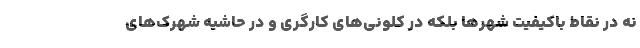
نه در نقاط باکیفیت شهرها بلکه در کلونی‌های کارگری و در حاشیه شهرک‌های